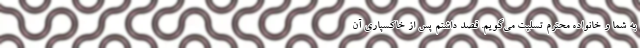
به شما و خانواده محترم تسلیت می‌گویم. قصد داشتم پس از خاکسپاری آن